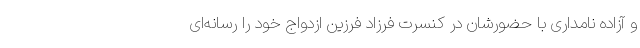
و آزاده نامداری با حضورشان در کنسرت فرزاد فرزین ازدواج خود را رسانه‌ای